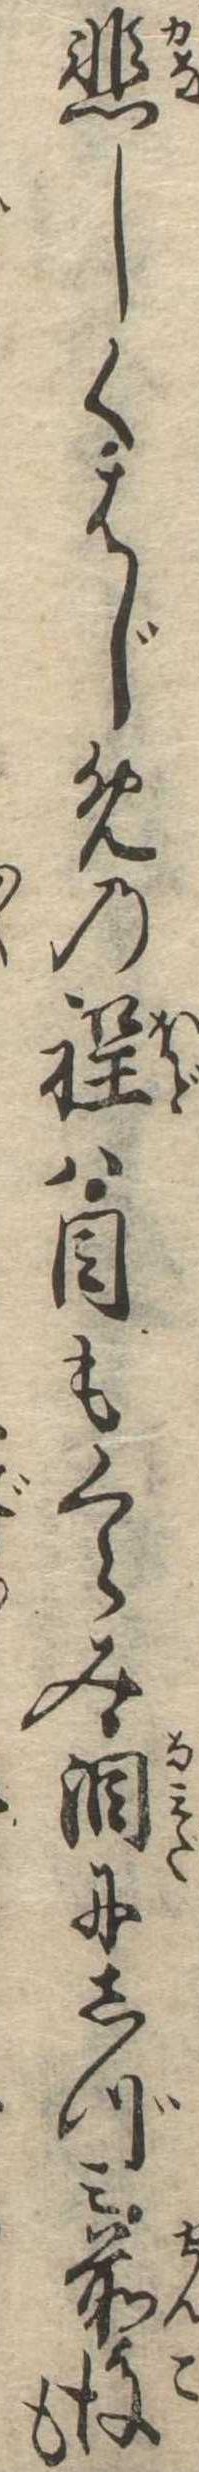
悲しくはじめの程は目もくらみ涙にしづみ前後も